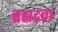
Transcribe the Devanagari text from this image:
ब्रह्मद्रवा